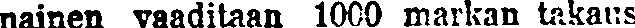
nainen vaaditaan 1000 markan takaus